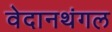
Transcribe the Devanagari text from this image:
वेदानथंगल